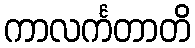
ကာလင်္ကတာတိ